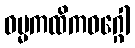
ဓမ္မကထိကဝဂ္ဂေါ